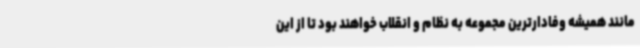
مانند همیشه وفادارترین مجموعه به نظام و انقلاب خواهند بود تا از این